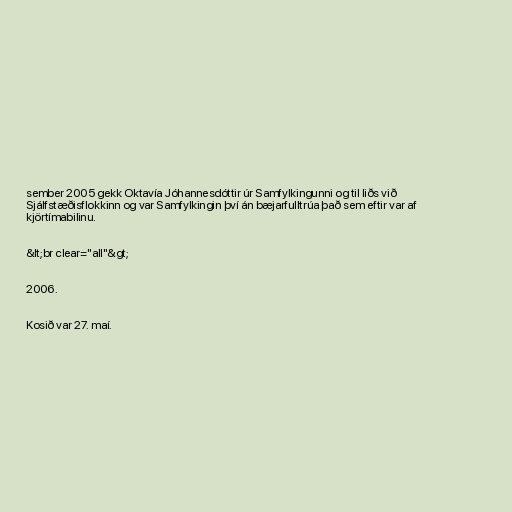
sember 2005 gekk Oktavía Jóhannesdóttir úr Samfylkingunni og til liðs við
Sjálfstæðisflokkinn og var Samfylkingin því án bæjarfulltrúa það sem eftir var af
kjörtímabilinu.

&lt;br clear="all"&gt;

2006.

Kosið var 27. maí.